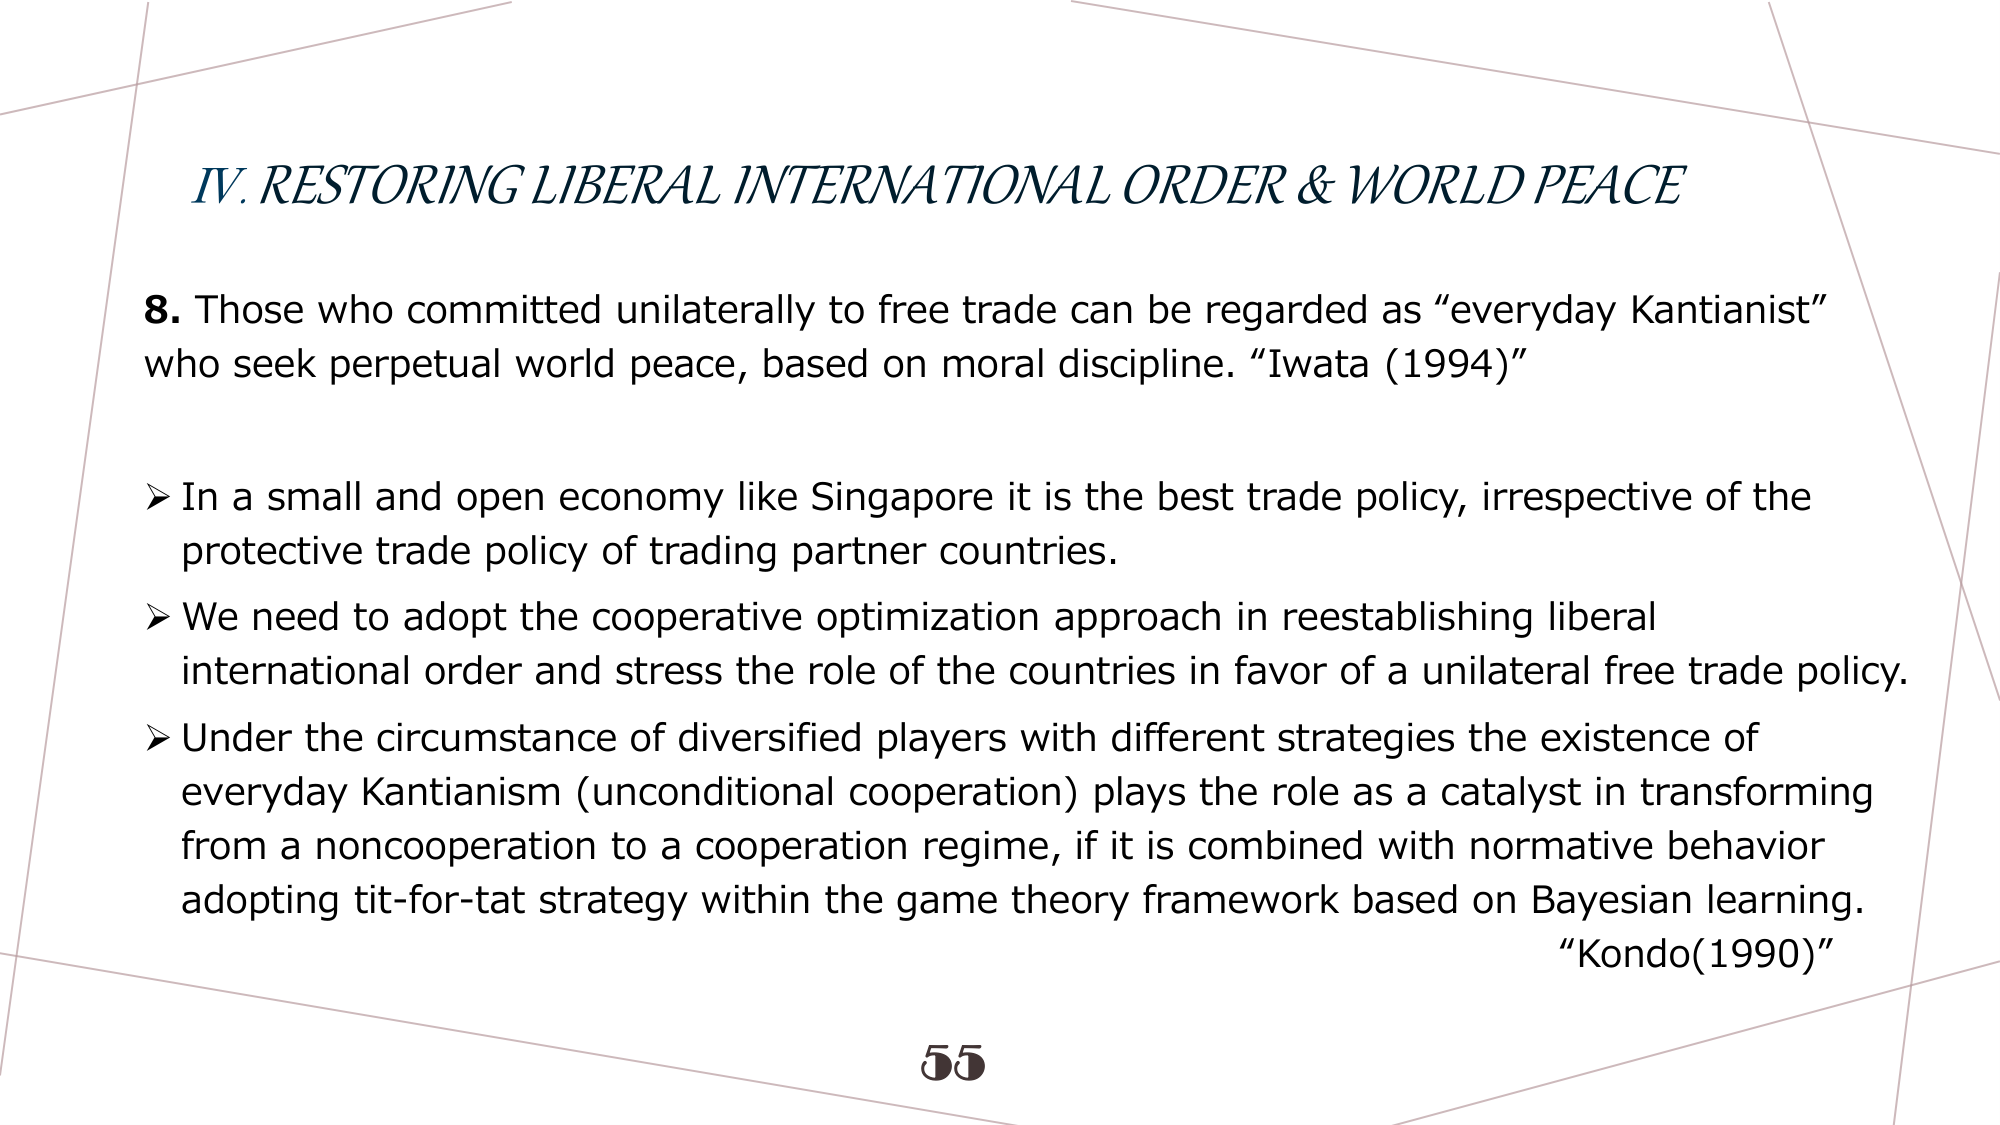
IV. RESTORING LIBERAL INTERNATIONAL ORDER & WORLD PEACE

8. Those who committed unilaterally to free trade can be regarded as “everyday Kantianist” who seek perpetual world peace, based on moral discipline. “Iwata (1994)”

➤ In a small and open economy like Singapore it is the best trade policy, irrespective of the protective trade policy of trading partner countries.

➤ We need to adopt the cooperative optimization approach in reestablishing liberal international order and stress the role of the countries in favor of a unilateral free trade policy.

➤ Under the circumstance of diversified players with different strategies the existence of everyday Kantianism (unconditional cooperation) plays the role as a catalyst in transforming from a noncooperation to a cooperation regime, if it is combined with normative behavior adopting tit-for-tat strategy within the game theory framework based on Bayesian learning. “Kondo(1990)”

55